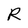
Character: R